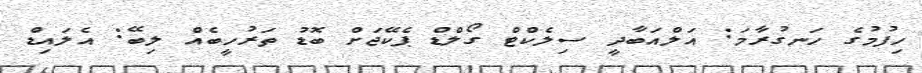
ހިފުމުގެ ހަނގުރާމަ: އަލްއަބާދީ ސިލެކްޓް ގޯލްޑް ޕެކޭޖަށް ބޮޑު ތަރުހީބެއް ލިބޭ: އެލައިޑް